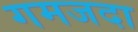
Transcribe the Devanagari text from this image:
गमजदा